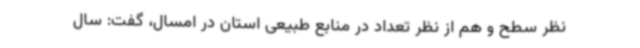
نظر سطح و هم از نظر تعداد در منابع طبیعی استان در امسال، گفت: سال